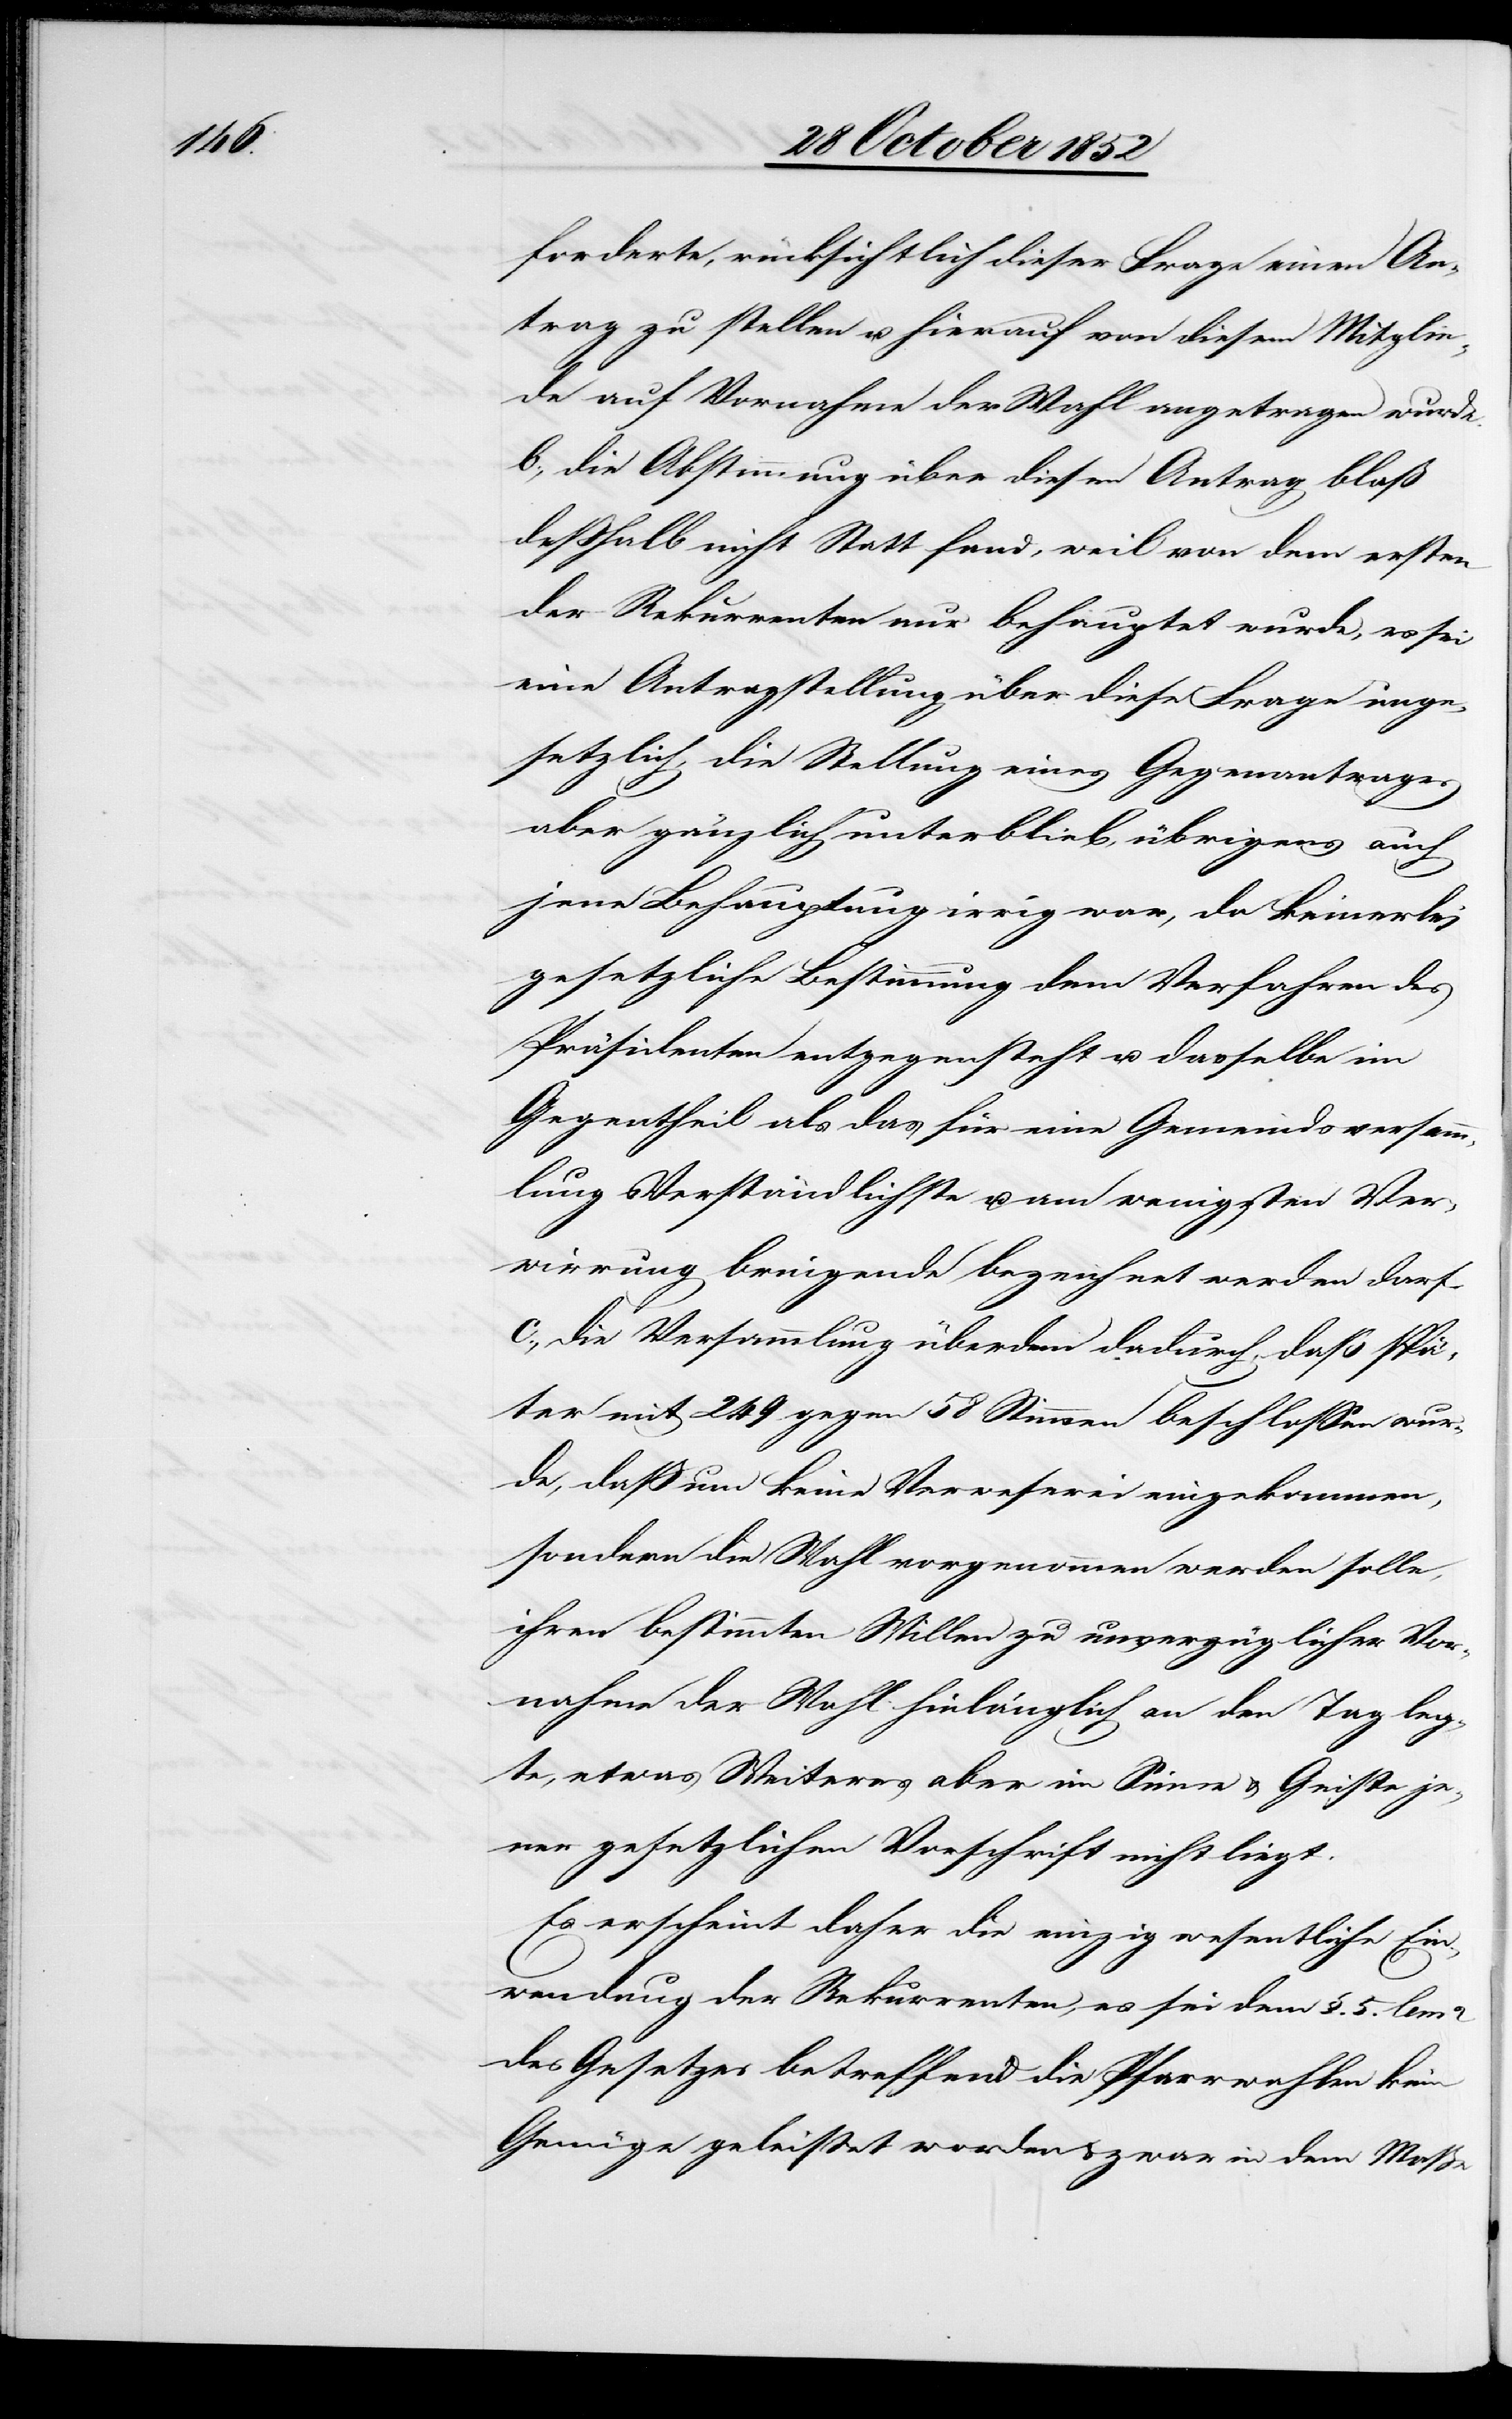
forderte, rücksichtlich dieser Frage einen An¬
trag zu stellen u. hierauf von diesem Mitglie¬
de auf Vornahme der Wahl angetragen wurde.
b., die Abstimmung über diesen Antrag bloß
deßhalb nicht Statt fand, weil von dem ersten
der Rekurrenten nur behauptet wurde, es sei
eine Antragstellung über diese Frage unge¬
setzlich, die Stellung eines Gegenantrages
aber gänzlich unterblieb, übrigens auch
jene Behauptung irrig war, da keinerlei
gesetzliche Bestimmung dem Verfahren des
Präsidenten entgegensteht u. dasselbe im
Gegentheil als das für eine Gemeindsversamm¬
lung Verständlichste u. am wenigsten Ver¬
wirrung bringende bezeichnet werden darf.
c., die Versammlung überdem dadurch, daß spä¬
ter mit 249 gegen 58 Stimmen beschlossen wur¬
de, daß um keine Verweserei eingekommen,
sondern die Wahl vorgenommen werden solle,
ihren bestimmten Willen zu unverzüglicher Vor¬
nahme der Wahl hinlänglich an den Tag leg¬
te, etwas Weiteres aber im Sinne & Geiste je¬
ner gesetzlichen Vorschrift nicht liegt.
Es erscheint daher die einzig wesentliche Ein¬
wendung der Rekurrenten, es sei dem §. 5. lem
des Gesetzes betreffend die Pfarrwahlen kein
Genüge geleistet worden & zwar in dem Maße